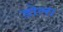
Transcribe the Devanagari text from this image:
डोल।